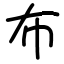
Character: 布